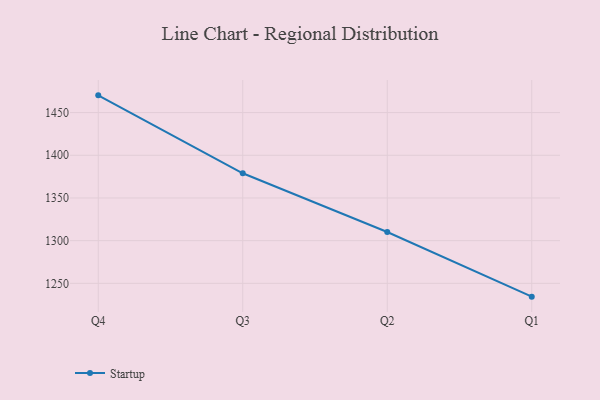
{"axis": {"x": "Quarter", "y": "Bounce Rate (%)"}, "legend": ["Startup"], "data": [{"x": "Q4", "y": 1470.2, "type": "Startup"}, {"x": "Q3", "y": 1378.9, "type": "Startup"}, {"x": "Q2", "y": 1310.1, "type": "Startup"}, {"x": "Q1", "y": 1234.4, "type": "Startup"}]}